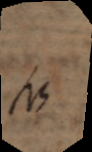
NB